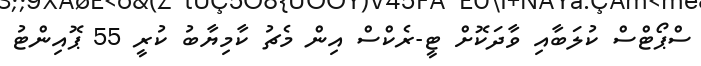
ސްޕޯޓްސް ކުލަބާއި ވާދަކޮށް ޓީ-ރެކްސް އިން މެޗު ކާމިޔާބު ކުރީ 55 ޕޮއިންޓު